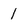
Character: I